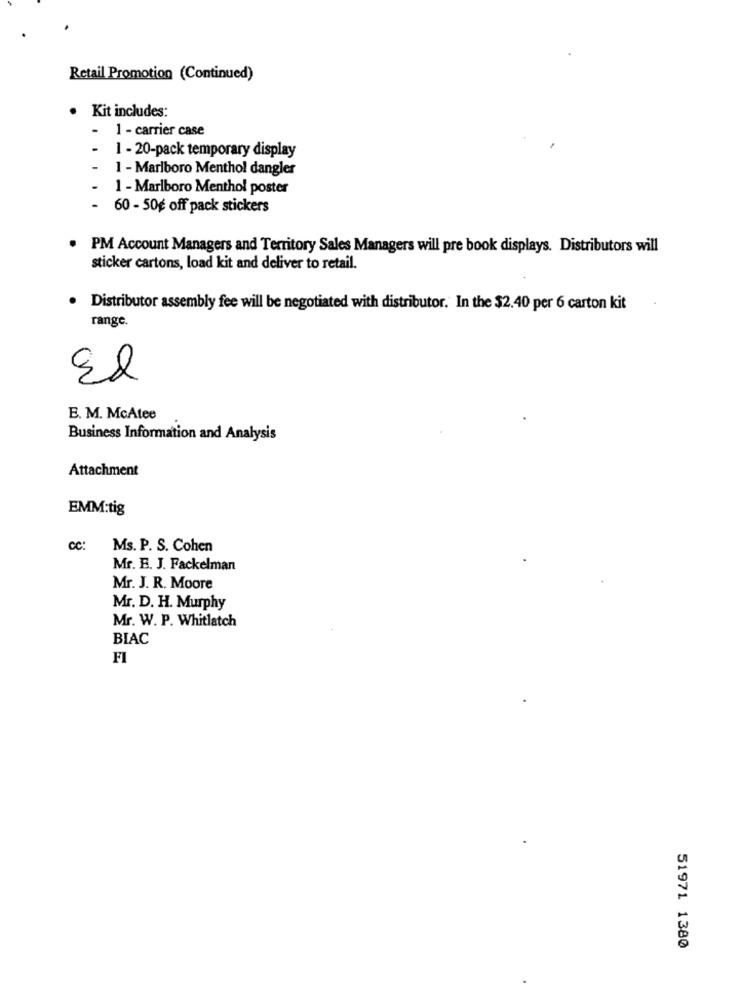
Retail Promotion (Continued)
Kit includes:
.
1 - carrier case
1 - 20-pack temporary display
1 - Marlboro Menthol dangler
1 - Marlboro Menthol poster
60 - 50g off pack stickers
PM Account Managers and Territory Sales Managers will pre book displays. Distributors will
sticker cartons, load kit and deliver to retail.
Distributor assembly fee will be negotiated with distributor. In the $2.40 per 6 carton kit
range.
El
E. M. McAtee
Business Information and Analysis
Attachment
EMM:tig
cc:
Ms. P. S. Cohen
Mr. E. J. Fackelman
Mr. J. R. Moore
Mr. D. H. Murphy
Mr. W. P. Whitlatch
BIAC
FI
51971 1380